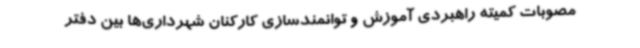
مصوبات کمیته راهبردی آموزش و توانمندسازی کارکنان شهرداری‌ها بین دفتر